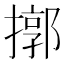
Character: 㨯